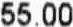
55.00